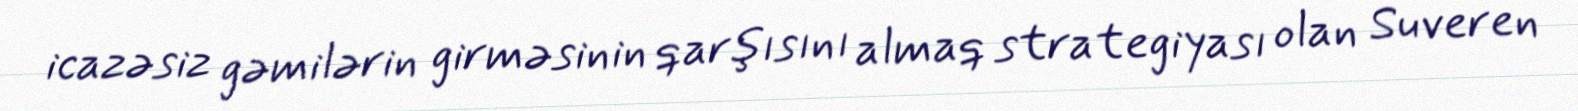
icazəsiz gəmilərin girməsinin qarşısını almaq strategiyası olan Suveren